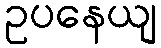
ဥပနေယျ